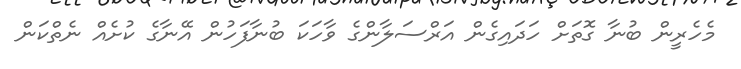
މެހެރީން ބުނާ ގޮތަށް ހަދައިގެން އަރްސަލާންގެ ވާހަކަ ބުނާފަހުން އޭނާގެ ކުށެއް ނެތްކަން